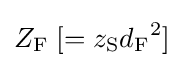
Z_{\mathrm {F} }\;[=z_{\mathrm {S} }{d_{\mathrm {F} }}^{2}]